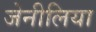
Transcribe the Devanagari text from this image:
जेनीलिया